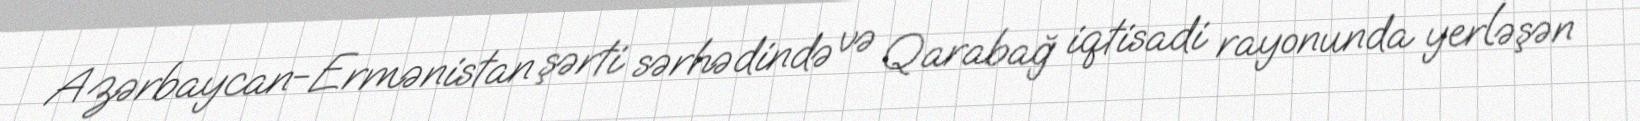
Azərbaycan-Ermənistan şərti sərhədində və Qarabağ iqtisadi rayonunda yerləşən